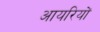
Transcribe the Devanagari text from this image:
आयरियों